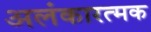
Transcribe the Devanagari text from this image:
अलंकारत्मक